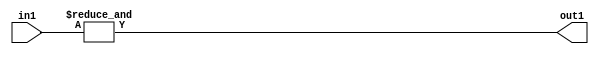
`timescale 1ps / 1ps
/*****************************************************************************
    Verilog RTL Description
    
    
    Created by: Stratus DpOpt 2019.1.01 
*******************************************************************************/

module pw_feature_addr_gen_Eqi31u5_1 (
	in1,
	out1
	); /* architecture "behavioural" */ 
input [4:0] in1;
output  out1;
wire  asc001;

assign asc001 = 
	(&in1);

assign out1 = asc001;
endmodule

/* CADENCE  urX4Sw0= : u9/ySgnWtBlWxVPRXgAZ4Og= ** DO NOT EDIT THIS LINE ******/